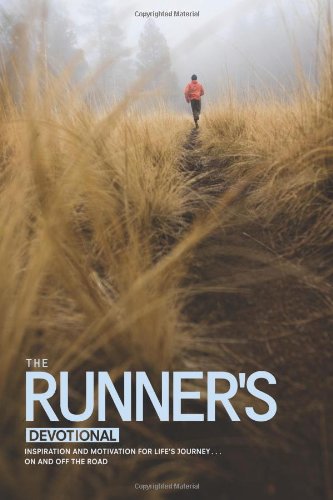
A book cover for The Runner's Devotional: Inspiration and Motivation for Life's Journey . . . On and Off the Road; Dana Niesluchowski; Health, Fitness & Dieting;